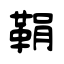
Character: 鞙